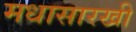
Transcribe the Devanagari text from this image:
मधासारखी